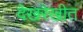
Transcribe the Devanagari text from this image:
देखरेखीत